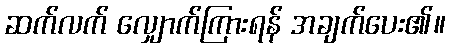
ဆက်လက် လျှောက်ကြားရန် အချက်ပေး၏။